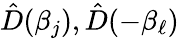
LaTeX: \hat{D}(\beta_{j}),\hat{D}(-\beta_{\ell})